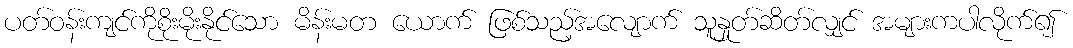
ပတ်ဝန်းကျင်ကိုစိုးမိုးနိုင်သော မိန်းမတ ယောက် ဖြစ်သည့်အလျောက် သူနှုတ်ဆိတ်လျှင် အများကပါလိုက်၍